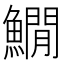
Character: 𩻘